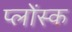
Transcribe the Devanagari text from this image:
प्लोंस्क